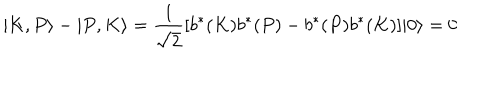
LaTeX: | K , P \rangle - | P , K \rangle = { \frac { 1 } { \sqrt { 2 } } } [ b ^ { \ast } ( K ) b ^ { \ast } ( P ) - b ^ { \ast } ( P ) b ^ { \ast } ( K ) ] | 0 \rangle = 0